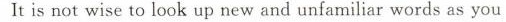
It is not wise to look up new and unfamiliar words as you